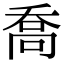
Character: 喬